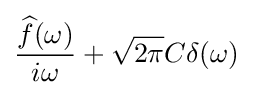
{\frac {{\widehat {f}}(\omega )}{i\omega }}+{\sqrt {2\pi }}C\delta (\omega )